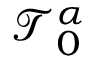
\mathcal { T } _ { 0 } ^ { \alpha }